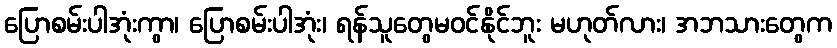
ပြောစမ်းပါအုံးကွာ၊ ပြောစမ်းပါအုံး၊ ရန်သူတွေမဝင်နိုင်ဘူး မဟုတ်လား၊ အဘသားတွေက